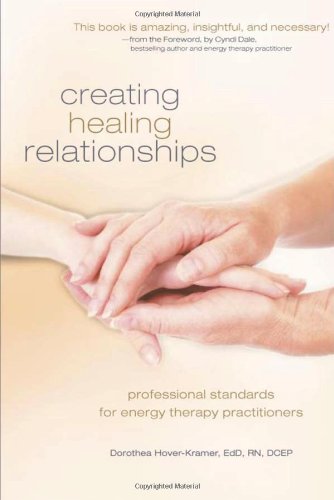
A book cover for Creating Healing Relationships: Professional Standards for Energy Therapy Practitioners; Dorothea Hover-Kramer; Medical Books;